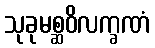
သုခုမစ္ဆဝိလက္ခဏံ